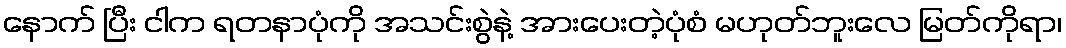
နောက် ပြီး ငါက ရတနာပုံကို အသင်းစွဲနဲ့ အားပေးတဲ့ပုံစံ မဟုတ်ဘူးလေ မြတ်ကိုရာ၊